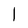
Character: 1